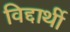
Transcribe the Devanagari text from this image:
विद्दार्थी